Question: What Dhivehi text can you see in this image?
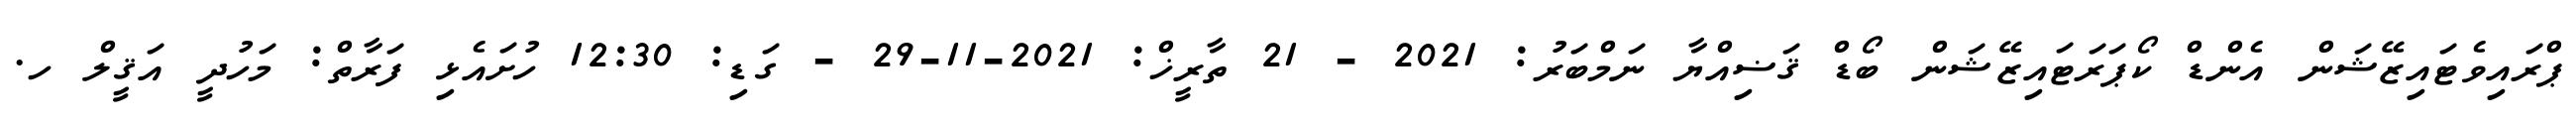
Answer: ޕްރައިވެޓައިޒޭޝަން އެންޑް ކޯޕަރަޓައިޒޭޝަން ބޯޑް ޤަޟިއްޔާ ނަމްބަރު: 2021 - 21 ތާރީޚް: 2021-11-29 - ގަޑި: 12:30 ހުށައެޅި ފަރާތް: މަހުދީ އަޤީލް ހ.